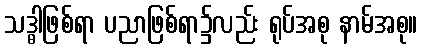
သဒ္ဓါဖြစ်ရာ ပညာဖြစ်ရာ၌လည်း ရုပ်အစု နာမ်အစု။